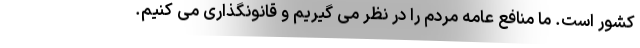
کشور است. ما منافع عامه مردم را در نظر می گیریم و قانونگذاری می کنیم.